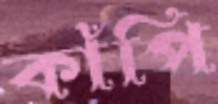
কাঁপি